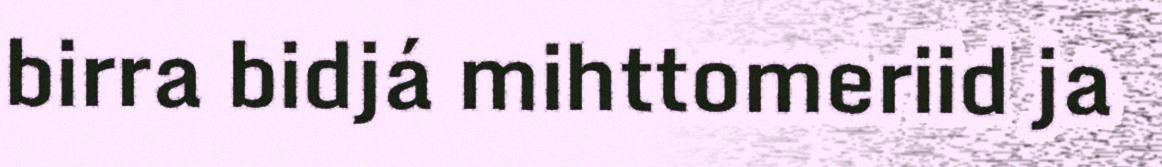
birra bidjá mihttomeriid ja